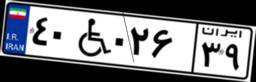
۴۰W۰۲۶۳۹